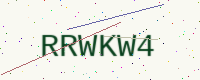
Text: RRWKW4